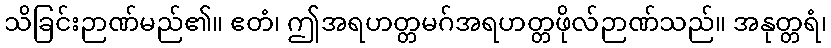
သိခြင်းဉာဏ်မည်၏။ ဧတံ၊ ဤအရဟတ္တမဂ်အရဟတ္တဖိုလ်ဉာဏ်သည်။ အနုတ္တရံ၊